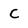
Character: C